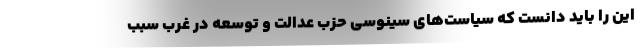
این را باید دانست که سیاست­های سینوسی حزب عدالت و توسعه در غرب سبب